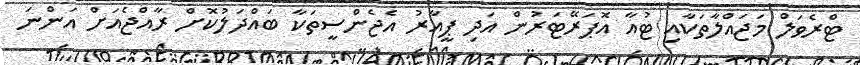
ޓްރެވަލް މަޖައްލާތަކާއި ޓުއާ އޮޕަރޭޓަރުން އަދި ޕީއާރު އެޖެންސީތަކާ ބައްދަލުކޮށް ރާއްޖެއަށް އަންނަ